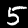
Label: 5